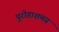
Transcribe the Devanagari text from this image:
पुरोडाशमय